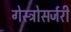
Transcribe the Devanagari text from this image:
गेस्ट्रोसर्जरी